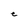
Character: e